Report on vaccination in Madras 1877-1894 - 1877-1894
Year: 1877
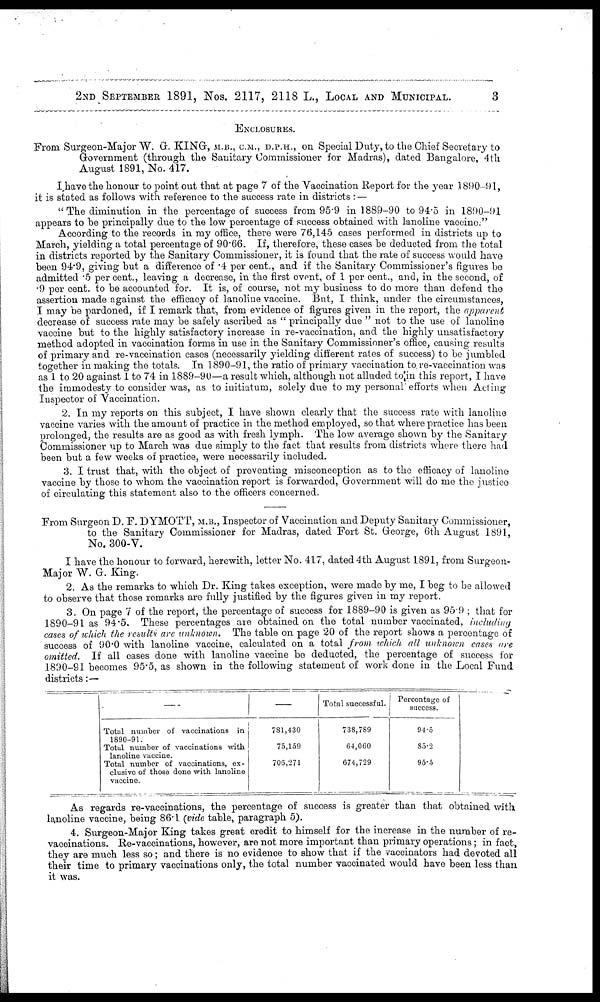
2ND SEPTEMBER 1891, NOS. 2117, 2118 L., LOCAL AND MUNICIPAL.
3
ENCLOSURES.
From Surgeon-Major W. G. KING, M.B., C.M., D.P.H., on Special Duty, to the Chief Secretary to
Government (through the Sanitary Commissioner for Madras), dated Bangalore, 4th
August 1891, No. 417.
I have the honour to point out that at page 7 of the Vaccination Report for the year 1890-91,
it is stated as follows with reference to the success rate in districts :—
" The diminution in the percentage of success from 95.9 in 1889-90 to 94.5 in 1890-91
appears to be principally due to the low percentage of success obtained with lanoline vaccine."
According to the records in my office, there were 76,145 cases performed in districts up to
March, yielding a total percentage of 90.66. If, therefore, these cases be deducted from the total
in districts reported by the Sanitary Commissioner, it is found that the rate of success would have
been 94.9, giving but a difference of .4 per cent., and if the Sanitary Commissioner's figures be
admitted .5 per cent., leaving a decrease, in the first event, of 1 per cent., and, in the second, of
.9 per cent. to be accounted for. It is, of course, not my business to do more than defend the
assertion made against the efficacy of lanoline vaccine. But, I think, under the circumstances,
I may be pardoned, if I remark that, from evidence of figures given in the report, the apparent
decrease of success rate may be safely ascribed as " principally due " not to the use of lanoline
vaccine but to the highly satisfactory increase in re-vaccination, and the highly unsatisfactory
method adopted in vaccination forms in use in the Sanitary Commissioner's office, causing results
of primary and re-vaccination cases (necessarily yielding different rates of success) to be jumbled
together in making the totals. In 1890-91, the ratio of primary vaccination to. re-vaccination was
as 1 to 20 against 1 to 74 in 1889-90—a result which, although not alluded to in this report, I have
the immodesty to consider was, as to initiatum, solely due to my personal efforts when Acting
Inspector of Vaccination.
2. In my reports on this subject, I have shown clearly that the success rate with lanoline
vaccine varies with the amount of practice in the method employed, so that where practice has been
prolonged, the results are as good as with fresh lymph. The low average shown by the Sanitary
Commissioner up to March was due simply to the fact that results from districts where there had
been but a few weeks of practice, were necessarily included.
3. I trust that, with the object of preventing misconception as to the efficacy of lanoline
vaccine by those to whom the vaccination report is forwarded, Government will do me the justice
of circulating this statement also to the officers concerned.
From Surgeon D. F. DYMOTT, M.B., Inspector of Vaccination and Deputy Sanitary Commissioner,
to the Sanitary Commissioner for Madras, dated Fort St. George, 6th August 1891,
No. 300-V.
I have the honour to forward, herewith, letter No. 417, dated 4th August 1891, from Surgeon-
Major W. G. King.
2. As the remarks to which Dr. King takes exception, were made by me, I beg to be allowed
to observe that those remarks are fully justified by the figures given in my report.
3. On page 7 of the report, the percentage of success for 1889-90 is given as 95.9 ; that for
1890-91 as 94.5. These percentages are obtained on the total number vaccinated, including
cases of which the results are unknown. The table on page 20 of the report shows a percentage of
success of 90.0 with lanoline vaccine, calculated on a total from which all unknown cases are
omitted. If all cases done with lanoline vaccine be deducted, the percentage of success for
1890-91 becomes 95.5, as shown in the following statement of work done in the Local Fund
districts:—
—
Total number of vaccinations in
1890-91.
Total number of vaccinations with
lanoline vaccine.
Total number of vaccinations, ex-
clusive of those done with lanoline
vaccine.
—
781,430
75,159
706,271
Total successful.
738,789
64,060
674,729
Percentage of
success.
94.5
85.2
95.5
As regards re-vaccinations, the percentage of success is greater than that obtained with
lanoline vaccine, being 86.1 (vide table, paragraph 5).
4. Surgeon-Major King takes great credit to himself for the increase in the number of re-
vaccinations. Re-vaccinations, however, are not more important than primary operations; in fact,
they are much less so; and there is no evidence to show that if the vaccinators had devoted all
their time to primary vaccinations only, the total number vaccinated would have been less than
it was.